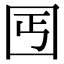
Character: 𡆸